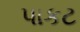
પાકટ